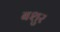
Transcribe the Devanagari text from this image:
बशुर